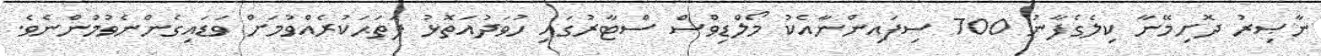
ނާޞިރު ދޮށިމޭނާ ކިލެގެފާނު 700 ސިފައިންނާއެކު މޯލްޑިވްސް ސްޓާރުގައި ހުވަދުއަތޮޅު ފަތަޙަކުރެއްވުމަށް ވަޑައިގެންނެވުމުންނެވެ.